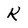
Character: K